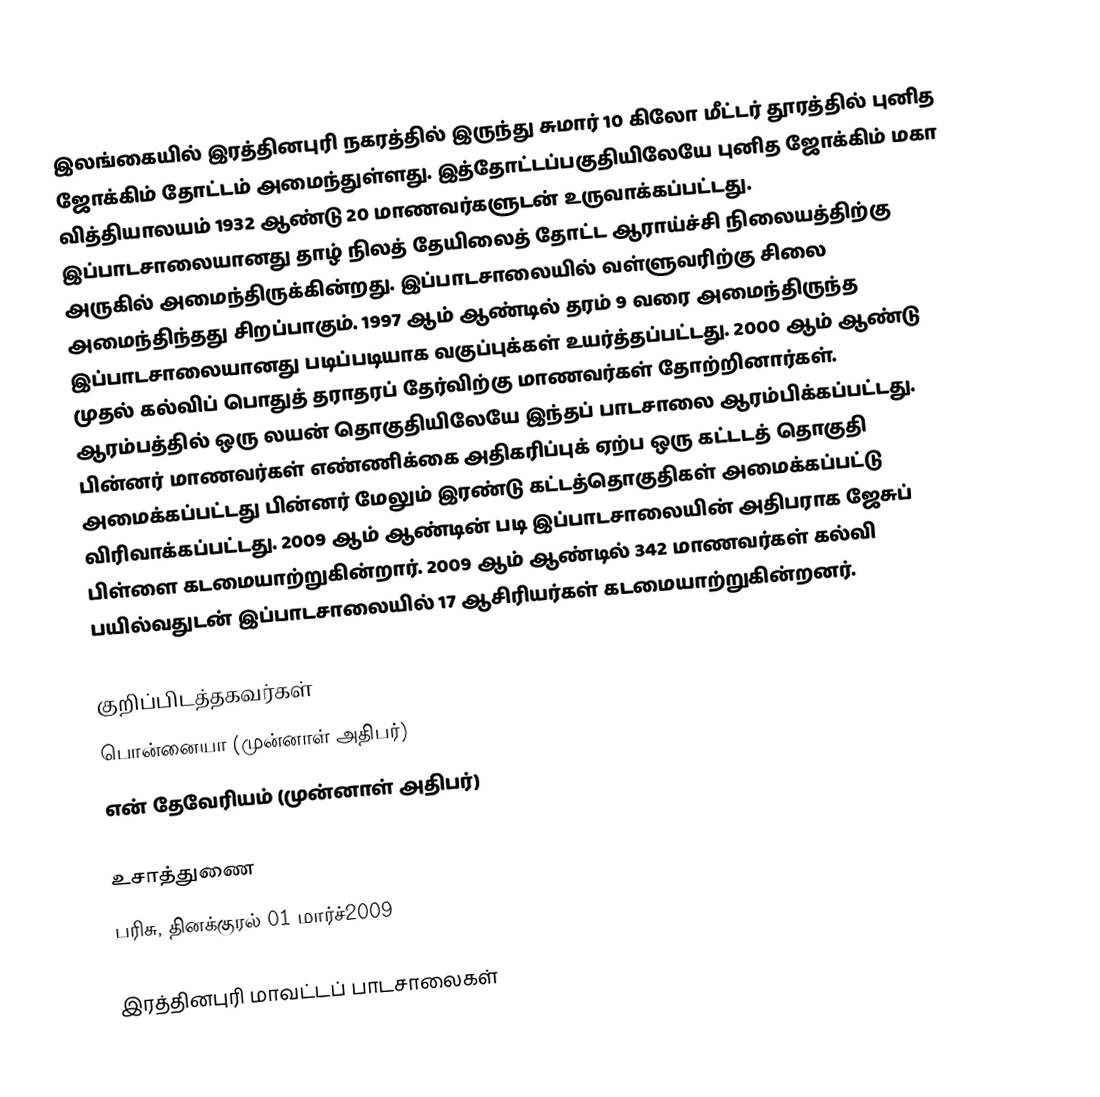
இலங்கையில் இரத்தினபுரி நகரத்தில் இருந்து சுமார் 10 கிலோ மீட்டர் தூரத்தில் புனித ஜோக்கிம் தோட்டம் அமைந்துள்ளது. இத்தோட்டப்பகுதியிலேயே புனித ஜோக்கிம் மகா வித்தியாலயம் 1932 ஆண்டு 20 மாணவர்களுடன் உருவாக்கப்பட்டது. இப்பாடசாலையானது தாழ் நிலத் தேயிலைத் தோட்ட ஆராய்ச்சி நிலையத்திற்கு அருகில் அமைந்திருக்கின்றது. இப்பாடசாலையில் வள்ளுவரிற்கு சிலை அமைந்திந்தது சிறப்பாகும். 1997 ஆம் ஆண்டில் தரம் 9 வரை அமைந்திருந்த இப்பாடசாலையானது படிப்படியாக வகுப்புக்கள் உயர்த்தப்பட்டது. 2000 ஆம் ஆண்டு முதல் கல்விப் பொதுத் தராதரப் தேர்விற்கு மாணவர்கள் தோற்றினார்கள். ஆரம்பத்தில் ஒரு லயன் தொகுதியிலேயே இந்தப் பாடசாலை ஆரம்பிக்கப்பட்டது. பின்னர் மாணவர்கள் எண்ணிக்கை அதிகரிப்புக் ஏற்ப ஒரு கட்டடத் தொகுதி அமைக்கப்பட்டது பின்னர் மேலும் இரண்டு கட்டத்தொகுதிகள் அமைக்கப்பட்டு விரிவாக்கப்பட்டது. 2009 ஆம் ஆண்டின் படி இப்பாடசாலையின் அதிபராக ஜேசுப் பிள்ளை கடமையாற்றுகின்றார். 2009 ஆம் ஆண்டில் 342 மாணவர்கள் கல்வி பயில்வதுடன் இப்பாடசாலையில் 17 ஆசிரியர்கள் கடமையாற்றுகின்றனர்.

குறிப்பிடத்தகவர்கள்
 பொன்னையா (முன்னாள் அதிபர்)
 என் தேவேரியம் (முன்னாள் அதிபர்)

உசாத்துணை
பரிசு, தினக்குரல் 01 மார்ச்2009

இரத்தினபுரி மாவட்டப் பாடசாலைகள்